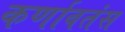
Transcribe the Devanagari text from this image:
कर्णावतंस